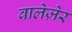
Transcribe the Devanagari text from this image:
वालेज़ेर